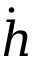
\dot { h }